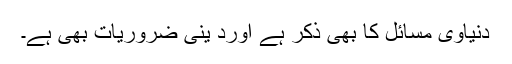
دنیاوی مسائل کا بھی ذکر ہے اورد ینی ضروریات بھی ہے۔